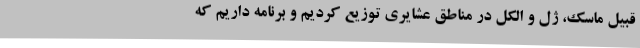
قبیل ماسک، ژل و الکل در مناطق عشایری توزیع کردیم و برنامه داریم که